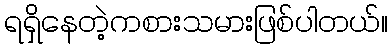
ရရှိနေတဲ့ကစားသမားဖြစ်ပါတယ်။